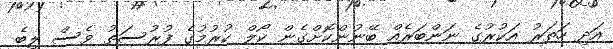
އަދި ހަތަރު އަކުރުގެ ނަންބަރެއް ބޭނުންކޮށްގެން ކޯލް ކުރުމުގެ ފުރުސަތު ވެސް ލިބެ